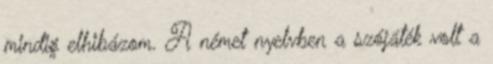
mindig elhibázom. A német nyelvben a szójáték volt a